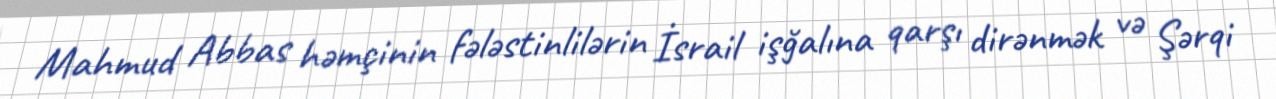
Mahmud Abbas həmçinin fələstinlilərin İsrail işğalına qarşı dirənmək və Şərqi